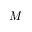
M